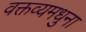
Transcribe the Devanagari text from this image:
वक्तव्यमधुना